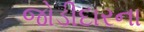
જોડીદારના